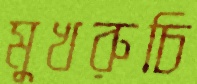
মুখরুচি